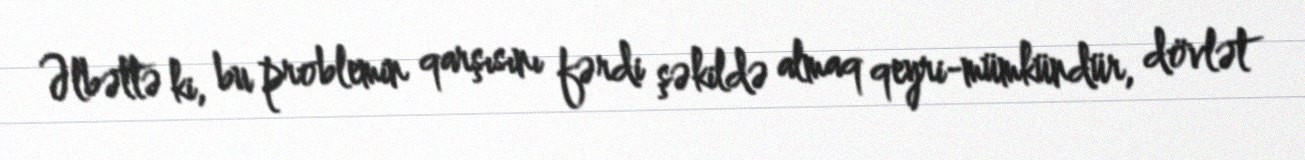
Əlbəttə ki, bu problemin qarşısını fərdi şəkildə almaq qeyri-mümkündür, dövlət